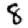
Digit: 8